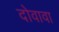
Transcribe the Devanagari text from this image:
दोवावा